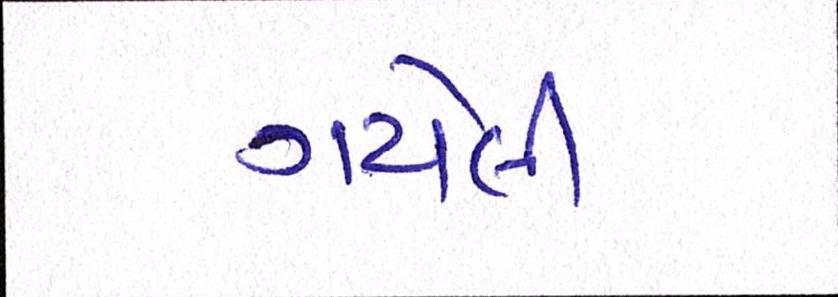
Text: ગયેલી